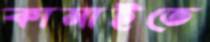
কামাইতে